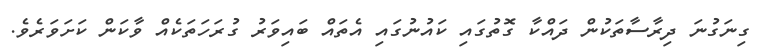
ގިނަގުނަ ދިރާސާތަކުން ދައްކާ ގޮތުގައި ކައުނުގައި އެތައް ބައިވަރު ގުރަހަތަކެއް ވާކަން ކަށަވަރެވެ.